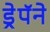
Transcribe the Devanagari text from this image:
ड्रेपॅने